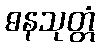
ဓနသုတ္တံ